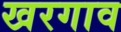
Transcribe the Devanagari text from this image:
खरगाव